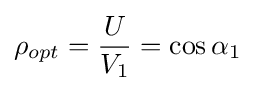
\rho _{opt}={\frac {U}{V_{1}}}=\cos \alpha _{1}